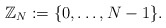
\begin{align*}\mathbb{Z}_N:=\{0,\dotsc, N-1\}.\end{align*}